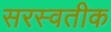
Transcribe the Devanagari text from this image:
सरस्वतीक